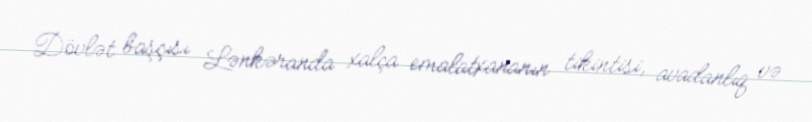
Dövlət başçısı Lənkəranda xalça emalatxananın tikintisi, avadanlıq və